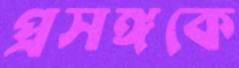
প্রসঙ্গকে